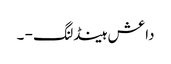
داعش ہینڈلنگ - ۔